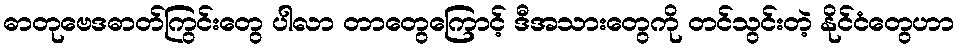
ဓာတုဗေဒဓာတ်ကြွင်းတွေ ပါလာ တာတွေကြောင့် ဒီအသားတွေကို တင်သွင်းတဲ့ နိုင်ငံတွေဟာ